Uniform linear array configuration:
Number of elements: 24
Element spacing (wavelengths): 1
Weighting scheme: hann
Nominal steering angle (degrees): -15
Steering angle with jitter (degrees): -13.657
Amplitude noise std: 0.05
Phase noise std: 0.05

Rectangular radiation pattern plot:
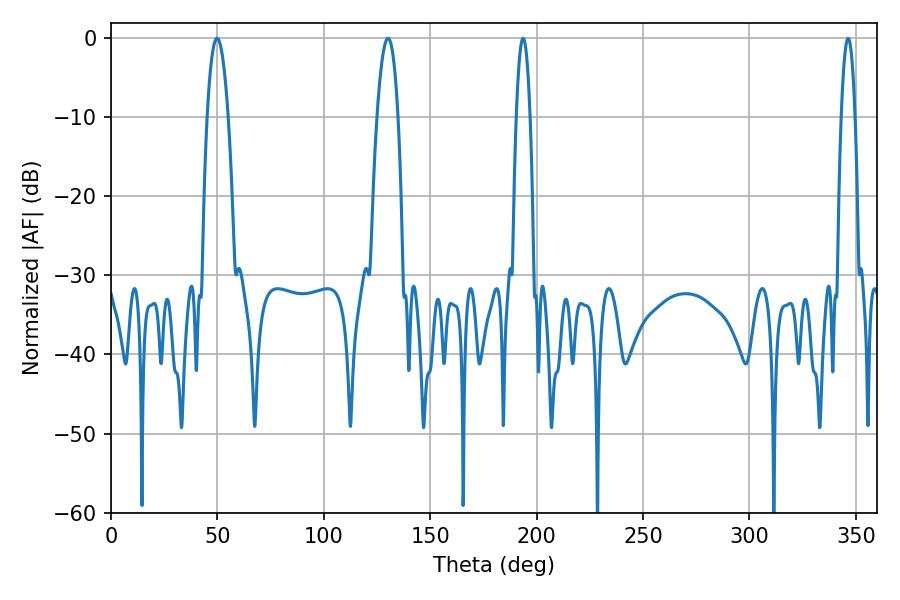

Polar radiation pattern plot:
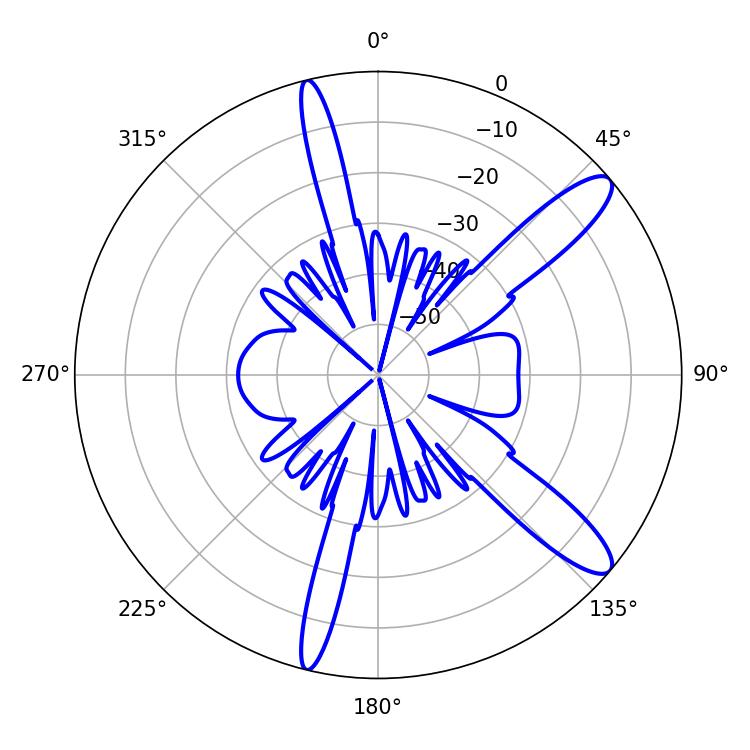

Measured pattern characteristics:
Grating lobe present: TRUE
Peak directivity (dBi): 12.026
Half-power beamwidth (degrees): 5.4
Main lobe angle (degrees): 49.86